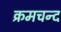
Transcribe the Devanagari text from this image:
क्रमचन्द